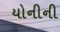
યોનીની